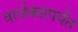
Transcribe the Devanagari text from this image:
वार्धक्यापर्यंत